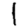
Digit: 1